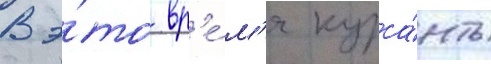
В э́то вр'е́м'я курса́нты